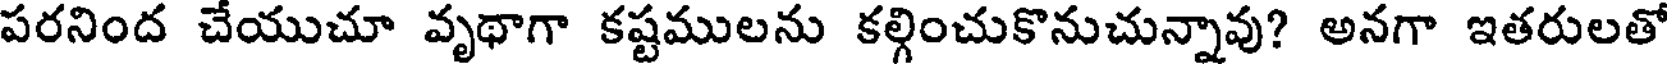
పరనింద చేయుచూ వృథాగా కష్టములను కల్గించుకొనుచున్నావు? అనగా ఇతరులతో